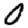
Digit: 0